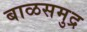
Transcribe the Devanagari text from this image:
बाळसमुद्र